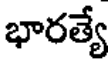
భారత్యే